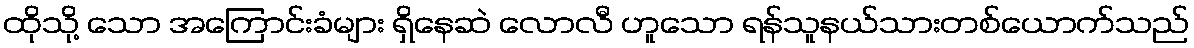
ထိုသို့ သော အကြောင်းခံများ ရှိနေဆဲ လောလီ ဟူသော ရန်သူနယ်သားတစ်ယောက်သည်